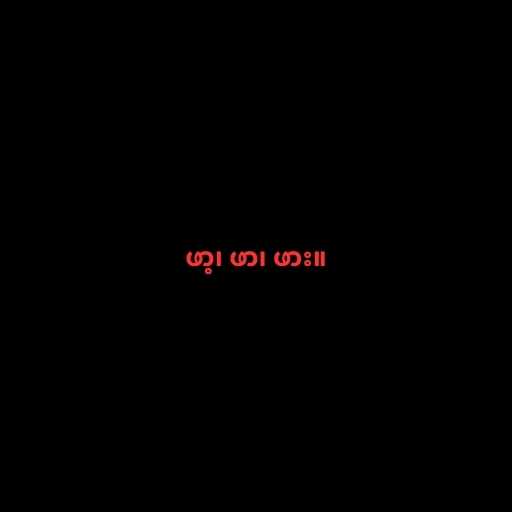
ဖာ့၊ ဖာ၊ ဖား။